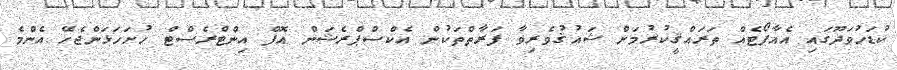
ކުޑަހުވަދޫގައި އެއާޕޯޓެއް ތަރައްޤީކުރުމަށް ޝައުޤުވެރިވާ ފަރާތްތަކުން އެކްސްޕްރެޝަން އޮފް އިންޓްރެސްޓް ހުށަހަޅަންޖެހޭ އެންމެ